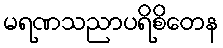
မရဏသညာပရိစိတေန